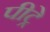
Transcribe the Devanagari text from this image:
पीट्रे